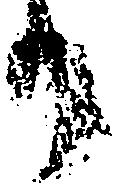
り